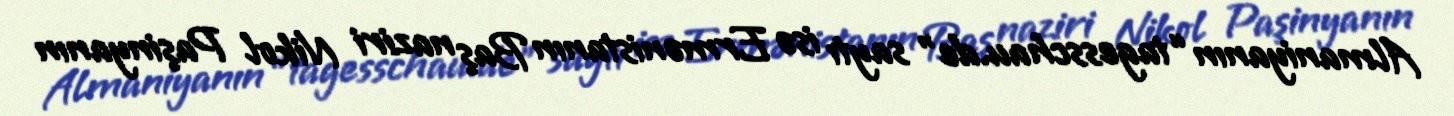
Almaniyanın “tagesschau.de” saytı isə Ermənistanın Baş naziri Nikol Paşinyanın